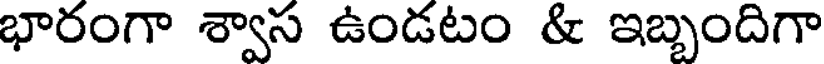
భారంగా శ్వాస ఉండటం & ఇబ్బందిగా